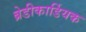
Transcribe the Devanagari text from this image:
ब्रेडीकार्डियक